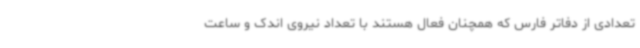
تعدادی از دفاتر فارس که همچنان فعال هستند با تعداد نیروی اندک و ساعت